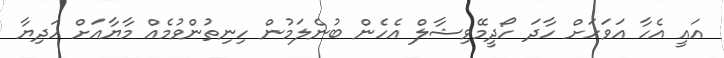
އައީ އެހާ އަވަހަށް ހާދަ ހޯދީމޭވިޝާލް އެހެން ބުނެލަމުން ހިނިތުންވުމެއް މާޔާއަށް ހަދިޔާ